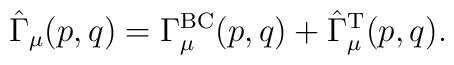
\hat{\Gamma}_\mu (p,q) = \Gamma_\mu^{\rm BC} (p,q)       + \hat{\Gamma}_\mu^{\rm T} (p,q).